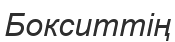
Бокситтің